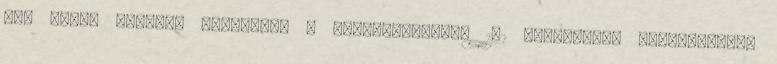
egy párat közülük Keverjünk a hajöblítőnkhöz 1-2 kávéskanál citromlevet.